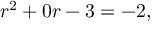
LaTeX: r ^ { 2 } + 0 r - 3 = - 2 ,